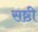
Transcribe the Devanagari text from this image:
सष्ठी